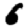
Digit: 6